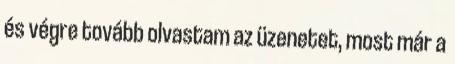
és végre tovább olvastam az üzenetet, most már a